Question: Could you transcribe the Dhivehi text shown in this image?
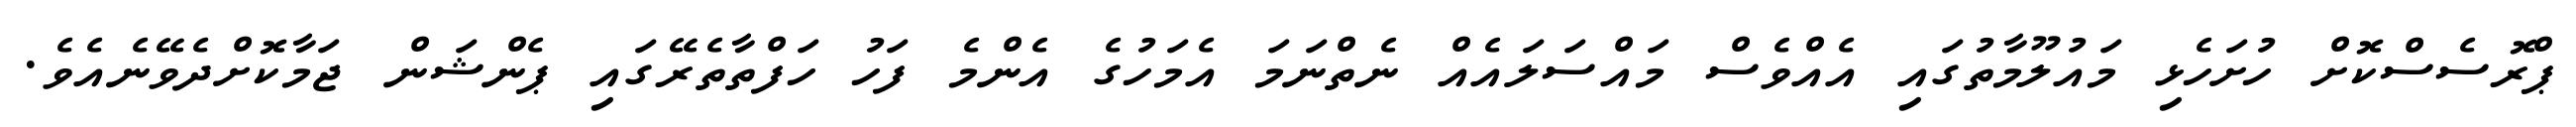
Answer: ޕްރޮސެސްކޮށް ހުށަހެޅި މައުލޫމާތުގައި އެއްވެސް މައްސަލައެއް ނެތްނަމަ އެމަހުގެ އެންމެ ފަހު ހަފްތާތެރޭގައި ޕެންޝަން ޖަމާކޮށްދެވޭނެއެވެ.